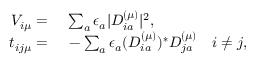
\begin{array} { r l r } { V _ { i \mu } = \, } & { { } \sum _ { a } \epsilon _ { a } | D _ { i a } ^ { ( \mu ) } | ^ { 2 } , } \\ { t _ { i j \mu } = \, } & { { } - \sum _ { a } \epsilon _ { a } ( D _ { i a } ^ { ( \mu ) } ) ^ { * } D _ { j a } ^ { ( \mu ) } } & { i \neq j , } \end{array}